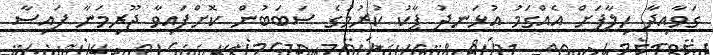
ގަވާއިދާ ހިލާފަށް އެއްގަމު އުޅަނދު ޕާކު ކުރުމުގެ ސަބަބުން ކޮށްފައިވާ ޖޫރިމަނާ ފައިސާ